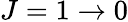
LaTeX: J=1\rightarrow 0